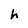
Character: h